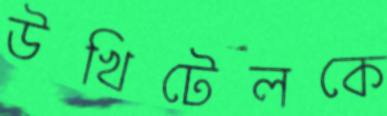
উখিটেলকে